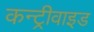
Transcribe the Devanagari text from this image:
कन्ट्रीवाइड